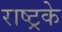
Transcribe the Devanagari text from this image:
राष्ट्रके